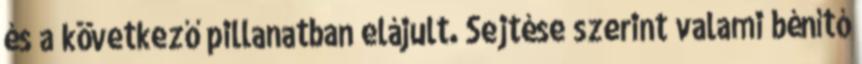
és a következő pillanatban elájult. Sejtése szerint valami bénító